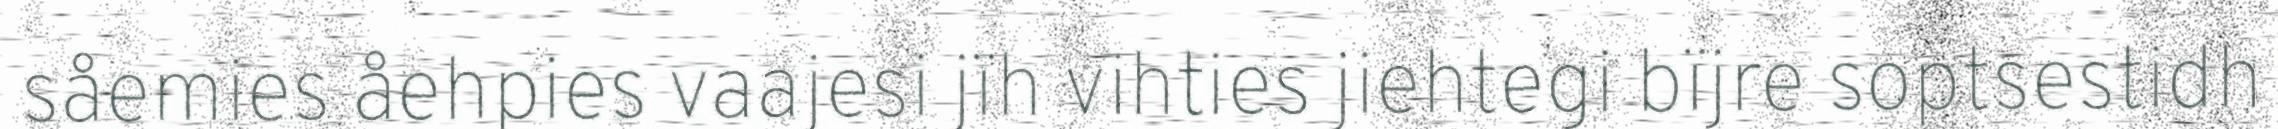
såemies åehpies vaajesi jïh vihties jiehtegi bïjre soptsestidh